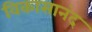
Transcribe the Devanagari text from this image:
विकासानंद